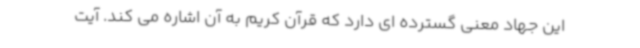
این جهاد معنی گسترده ای دارد که قرآن کریم به آن اشاره می کند. آیت